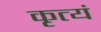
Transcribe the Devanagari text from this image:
कृत्यं